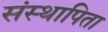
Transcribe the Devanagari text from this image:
संस्थापिता